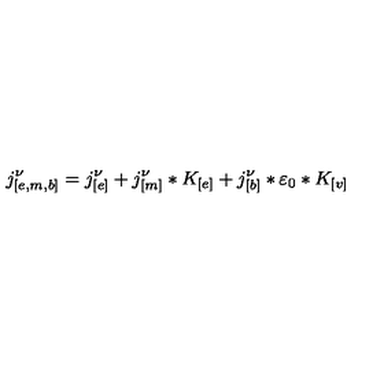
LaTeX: j _ { [ e , m , b ] } ^ { \nu } = j _ { [ e ] } ^ { \nu } + j _ { [ m ] } ^ { \nu } * K _ { [ e ] } + j _ { [ b ] } ^ { \nu } * \varepsilon _ { 0 } * K _ { [ v ] }